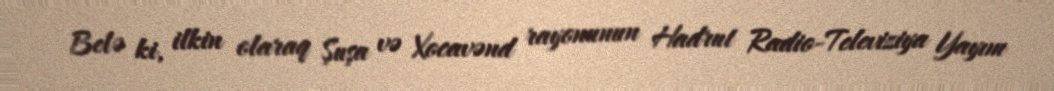
Belə ki, ilkin olaraq Şuşa və Xocavənd rayonunun Hadrut Radio-Televiziya Yayım